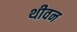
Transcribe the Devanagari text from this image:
थीवन